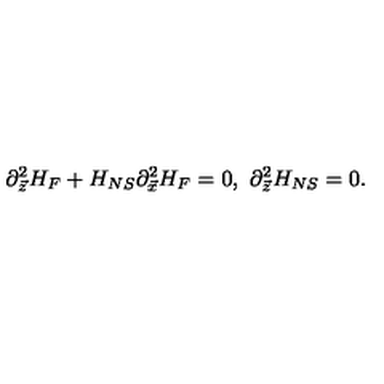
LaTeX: \partial _ { \vec { z } } ^ { 2 } H _ { F } + H _ { N S } \partial _ { \vec { x } } ^ { 2 } H _ { F } = 0 , \ \partial _ { \vec { z } } ^ { 2 } H _ { N S } = 0 .